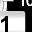
Digit: 1